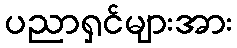
ပညာရှင်များအား